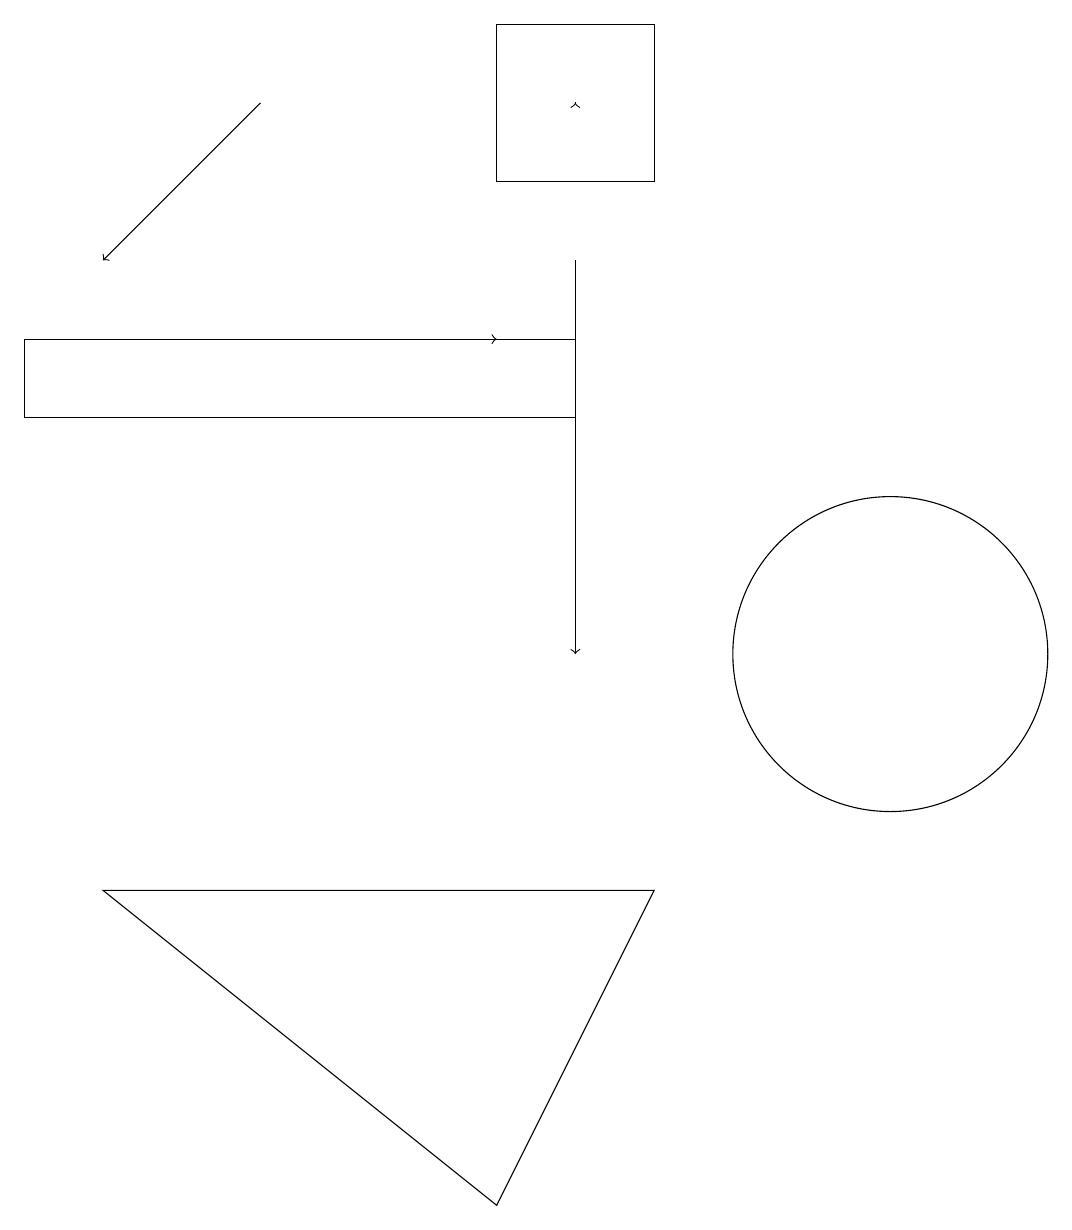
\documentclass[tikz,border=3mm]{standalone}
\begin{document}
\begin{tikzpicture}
\draw (7,14) rectangle (0,13);
\draw[->] (3,14) -- (6,14);
\draw[->] (7,17) -- (7,17);
\draw (8,16) rectangle (6,18);
\draw[->] (3,17) -- (1,15);
\draw (6,3) -- (8,7) -- (1,7) -- cycle;
\draw[->] (7,15) -- (7,10);
\draw (11,10) circle (2);
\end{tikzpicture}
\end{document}